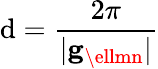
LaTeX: \mathrm{d}={\frac{{2\pi}}{{|\mathbf{{g}}_{\ellmn}|}}}